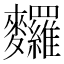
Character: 𪎆